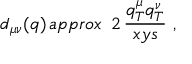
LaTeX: d _ { \mu \nu } ( q ) \, a p p r o x \ \, 2 \, \frac { q _ { T } ^ { \mu } q _ { T } ^ { \nu } } { x y s } \ ,